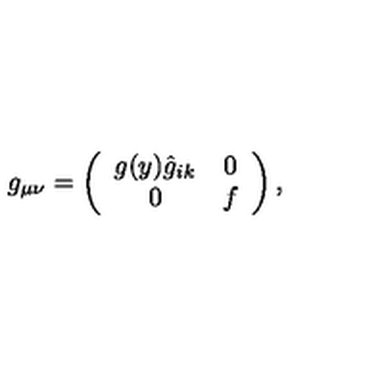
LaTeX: g _ { \mu \nu } = \left( \begin{array} { c c } { g ( y ) \hat { g } _ { i k } } & { 0 } \\ { 0 } & { f } \\ \end{array} \right) ,